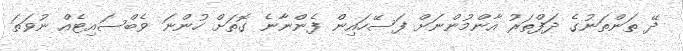
ދޭ ތަންތަނުގެ ދަފްތަރު އާންމުންނަށް ފަސޭހައިން ފެންނާނެ ގޮތަށް ހުންނަ ވެބްސައިޓެއް ނުވަތަ